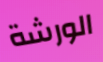
الورشة